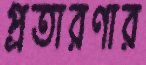
প্রতারণার